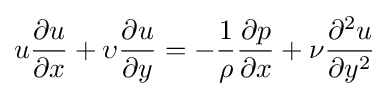
u{\partial u \over \partial x}+\upsilon {\partial u \over \partial y}=-{1 \over \rho }{\partial p \over \partial x}+{\nu }{\partial ^{2}u \over \partial y^{2}}